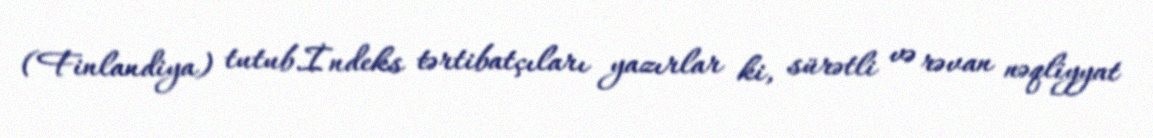
(Finlandiya) tutub.İndeks tərtibatçıları yazırlar ki, sürətli və rəvan nəqliyyat